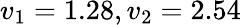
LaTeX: v_{1}=1.28,v_{2}=2.54